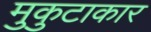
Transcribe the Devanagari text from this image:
मुकुटाकार